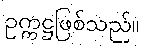
ဥက္ကဋ္ဌဖြစ်သည်။